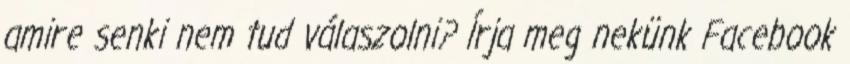
amire senki nem tud válaszolni? Írja meg nekünk Facebook